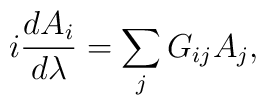
i{dA_i\over d\lambda} =\sum_j G_{ij}A_j,